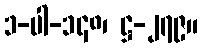
၁-ပါ-၁၄၈၊ ဋ္ဌ-၂၇၉။